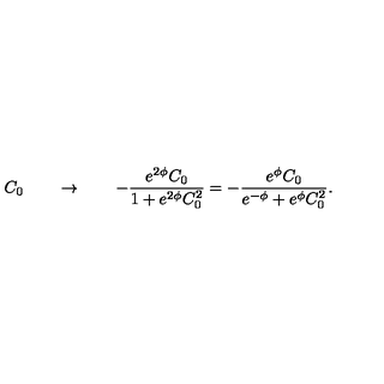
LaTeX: \, C _ { 0 } \qquad \rightarrow \qquad - \frac { e ^ { 2 \phi } C _ { 0 } } { 1 + e ^ { 2 \phi } C _ { 0 } ^ { 2 } } = - \frac { e ^ { \phi } C _ { 0 } } { e ^ { - \phi } + e ^ { \phi } C _ { 0 } ^ { 2 } } .